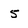
Character: 5